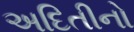
અદિતીનો